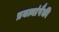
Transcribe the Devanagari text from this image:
प्रयत्नांपैकी